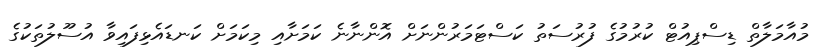
މުއާމަލާތް ޑިސްޕިއުޓް ކުރުމުގެ ފުރުސަތު ކަސްޓަމަރުންނަށް އޮންނާނެ ކަމަށާއި މިކަމަށް ކަނޑައެޅިފައިވާ އުސޫލުތަކުގެ